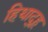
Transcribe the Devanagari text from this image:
हिथाद्हू